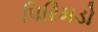
પિરિમડો